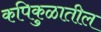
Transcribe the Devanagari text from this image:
कपिकुळातील